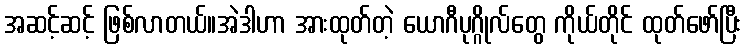
အဆင့်ဆင့် ဖြစ်လာတယ်။အဲဒါဟာ အားထုတ်တဲ့ ယောဂီပုဂ္ဂိုလ်တွေ ကိုယ်တိုင် ထုတ်ဖော်ပြီး